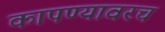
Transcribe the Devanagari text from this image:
कापण्यावरच